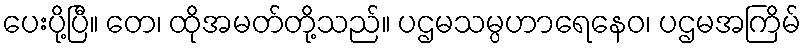
ပေးပို့ပြီ။ တေ၊ ထိုအမတ်တို့သည်။ ပဌမသမ္ပဟာရေနေဝ၊ ပဌမအကြိမ်